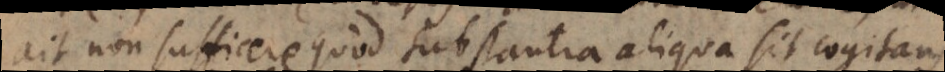
ait non sufficere quod substantia aliqua sit cogitans,